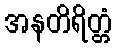
အနတိရိတ္တံ